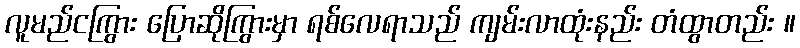
လူမည်ငကြွား ပြောဆိုကြွားမှာ ရစ်လေရာသည် ကျမ်းလာထုံးနည်း တံထွာတည်း ။